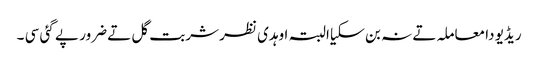
ریڈیو دا معاملہ تے نہ بن سکیا البتہ اوہدی نظر شربت گل تے ضرور پے گئی سی ۔